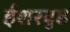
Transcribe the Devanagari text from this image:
ईशरवुड